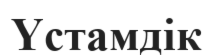
Үстамдік